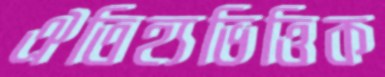
ঐতিহ্যভিত্তিক